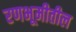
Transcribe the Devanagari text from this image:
रणभूमीतील